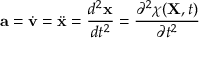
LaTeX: \ \mathbf { a } = { \dot { \mathbf { v } } } = { \ddot { \mathbf { x } } } = { \frac { d ^ { 2 } \mathbf { x } } { d t ^ { 2 } } } = { \frac { \partial ^ { 2 } \chi ( \mathbf { X } , t ) } { \partial t ^ { 2 } } }